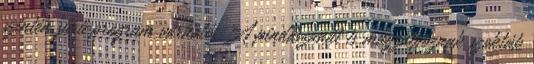
szintén sűrű program várható. A pindászanát is magzatpóznak szokták